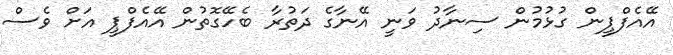
އޭއެފްޕީން ގުޅުމުން ސިނާދު ވަނީ އޭނާގެ ދަތުރާ ބެހޭގޮތުން އޭއެފްޕީ އަށް ވެސް